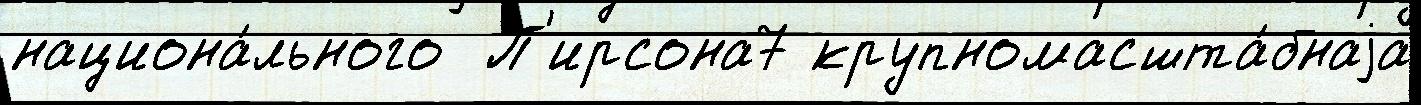
национа́льного  П'ирсона7 крупномасшта́бнаjа